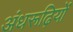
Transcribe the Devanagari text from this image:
अंधरूढ़ियों